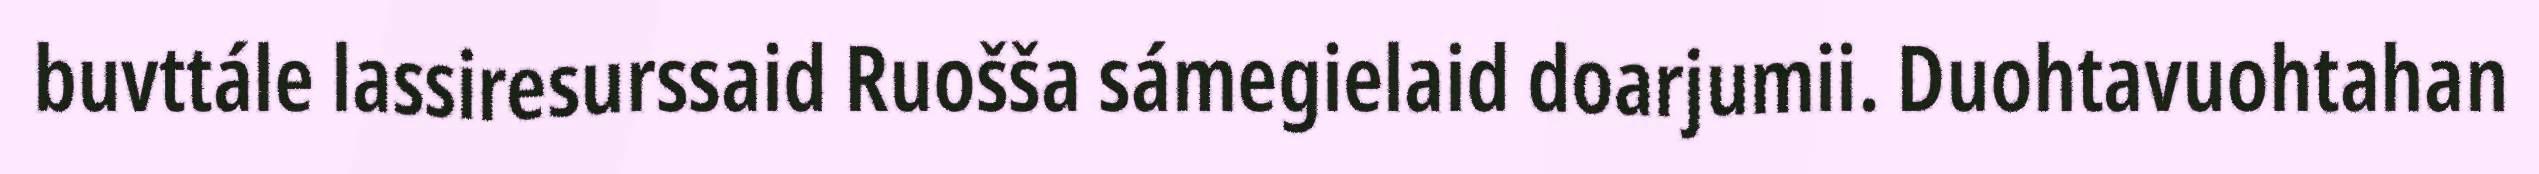
buvttále lassiresurssaid Ruošša sámegielaid doarjumii. Duohtavuohtahan